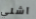
آشلي